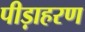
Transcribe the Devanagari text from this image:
पीड़ाहरण